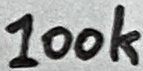
Text: 100k